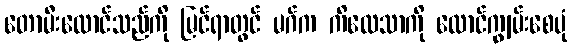
တောမီးလောင်သည်ကို မြင်ရာတွင် မဂ်က ကိလေသာကို လောင်ကျွမ်းစေပုံ